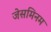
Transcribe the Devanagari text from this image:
जेसमिनम